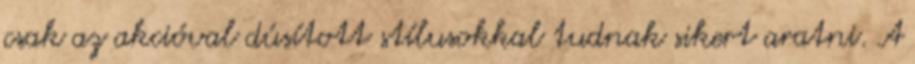
csak az akcióval dúsított stílusokkal tudnak sikert aratni. A